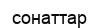
сонаттар